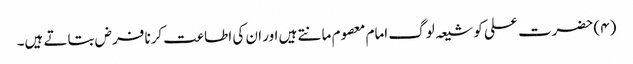
(۴) حضرت علی کو شیعہ لوگ امام معصوم مانتے ہیں اور ان کی اطاعت کرنا فرض بتاتے ہیں۔